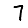
Digit: 7